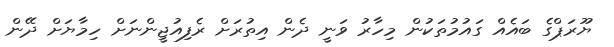
ޔޫރަޕްގެ ބައެއް ގައުމުތަކުން މިހާރު ވަނީ ދެން އިތުރަށް ރެފިއުޖީންނަށް ހިމާޔަށް ދޭން